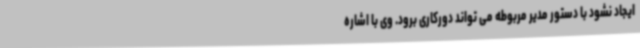
ایجاد نشود با دستور مدیر مربوطه می تواند دورکاری برود. وی با اشاره